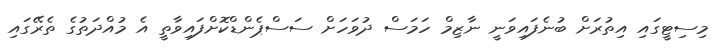
މިސިޓީގައި އިތުރަށް ބުނެފައިވަނީ ނާޒިމް ހަމަސް ދުވަހަށް ސަސްޕެންޑްކޮށްފައިވާތީ އެ މުއްދަތުގެ ތެރޭގައި